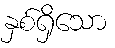
နှစ်ရှိသော